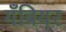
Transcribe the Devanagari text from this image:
गँबियर